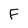
Character: F